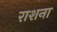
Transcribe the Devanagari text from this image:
राशना